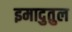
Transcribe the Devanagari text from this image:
इमादुतुल